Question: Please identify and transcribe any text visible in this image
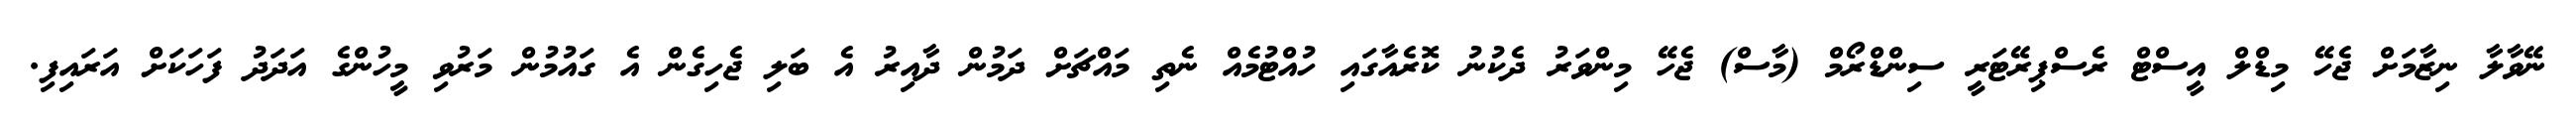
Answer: ނޭވާލާ ނިޒާމަށް ޖެހޭ މިޑްލް އީސްޓް ރެސްޕިރޭޓަރީ ސިންޑްރޯމް (މާސް) ޖެހޭ މިންވަރު ދެކުނު ކޮރެއާގައި ހުއްޓުމެއް ނެތި މައްޗަށް ދަމުން ދާއިރު އެ ބަލި ޖެހިގެން އެ ގައުމުން މަރުވި މީހުންގެ އަދަދު ފަހަކަށް އަރައިފި.